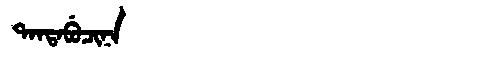
Manchu: ᡨᠠᠨᡨᠠᠪᡠᠴᡳᠨᠠ
Romanization: TANTABUCINA